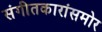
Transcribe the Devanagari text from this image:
संगीतकारांसमोर